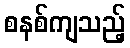
စနစ်ကျသည့်